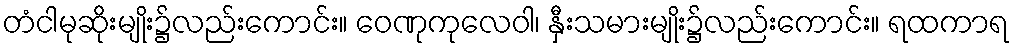
တံငါမုဆိုးမျိုး၌လည်းကောင်း။ ဝေဏုကုလေဝါ၊ နှီးသမားမျိုး၌လည်းကောင်း။ ရထကာရ